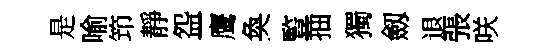
是喻笻靜盌鹰奐䜿抽獨劔退張咲